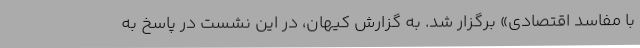
با مفاسد اقتصادی» برگزار شد. به گزارش کیهان، در این نشست در پاسخ به